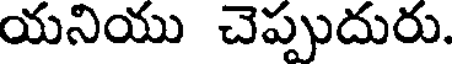
యనియు చెప్పుదురు.